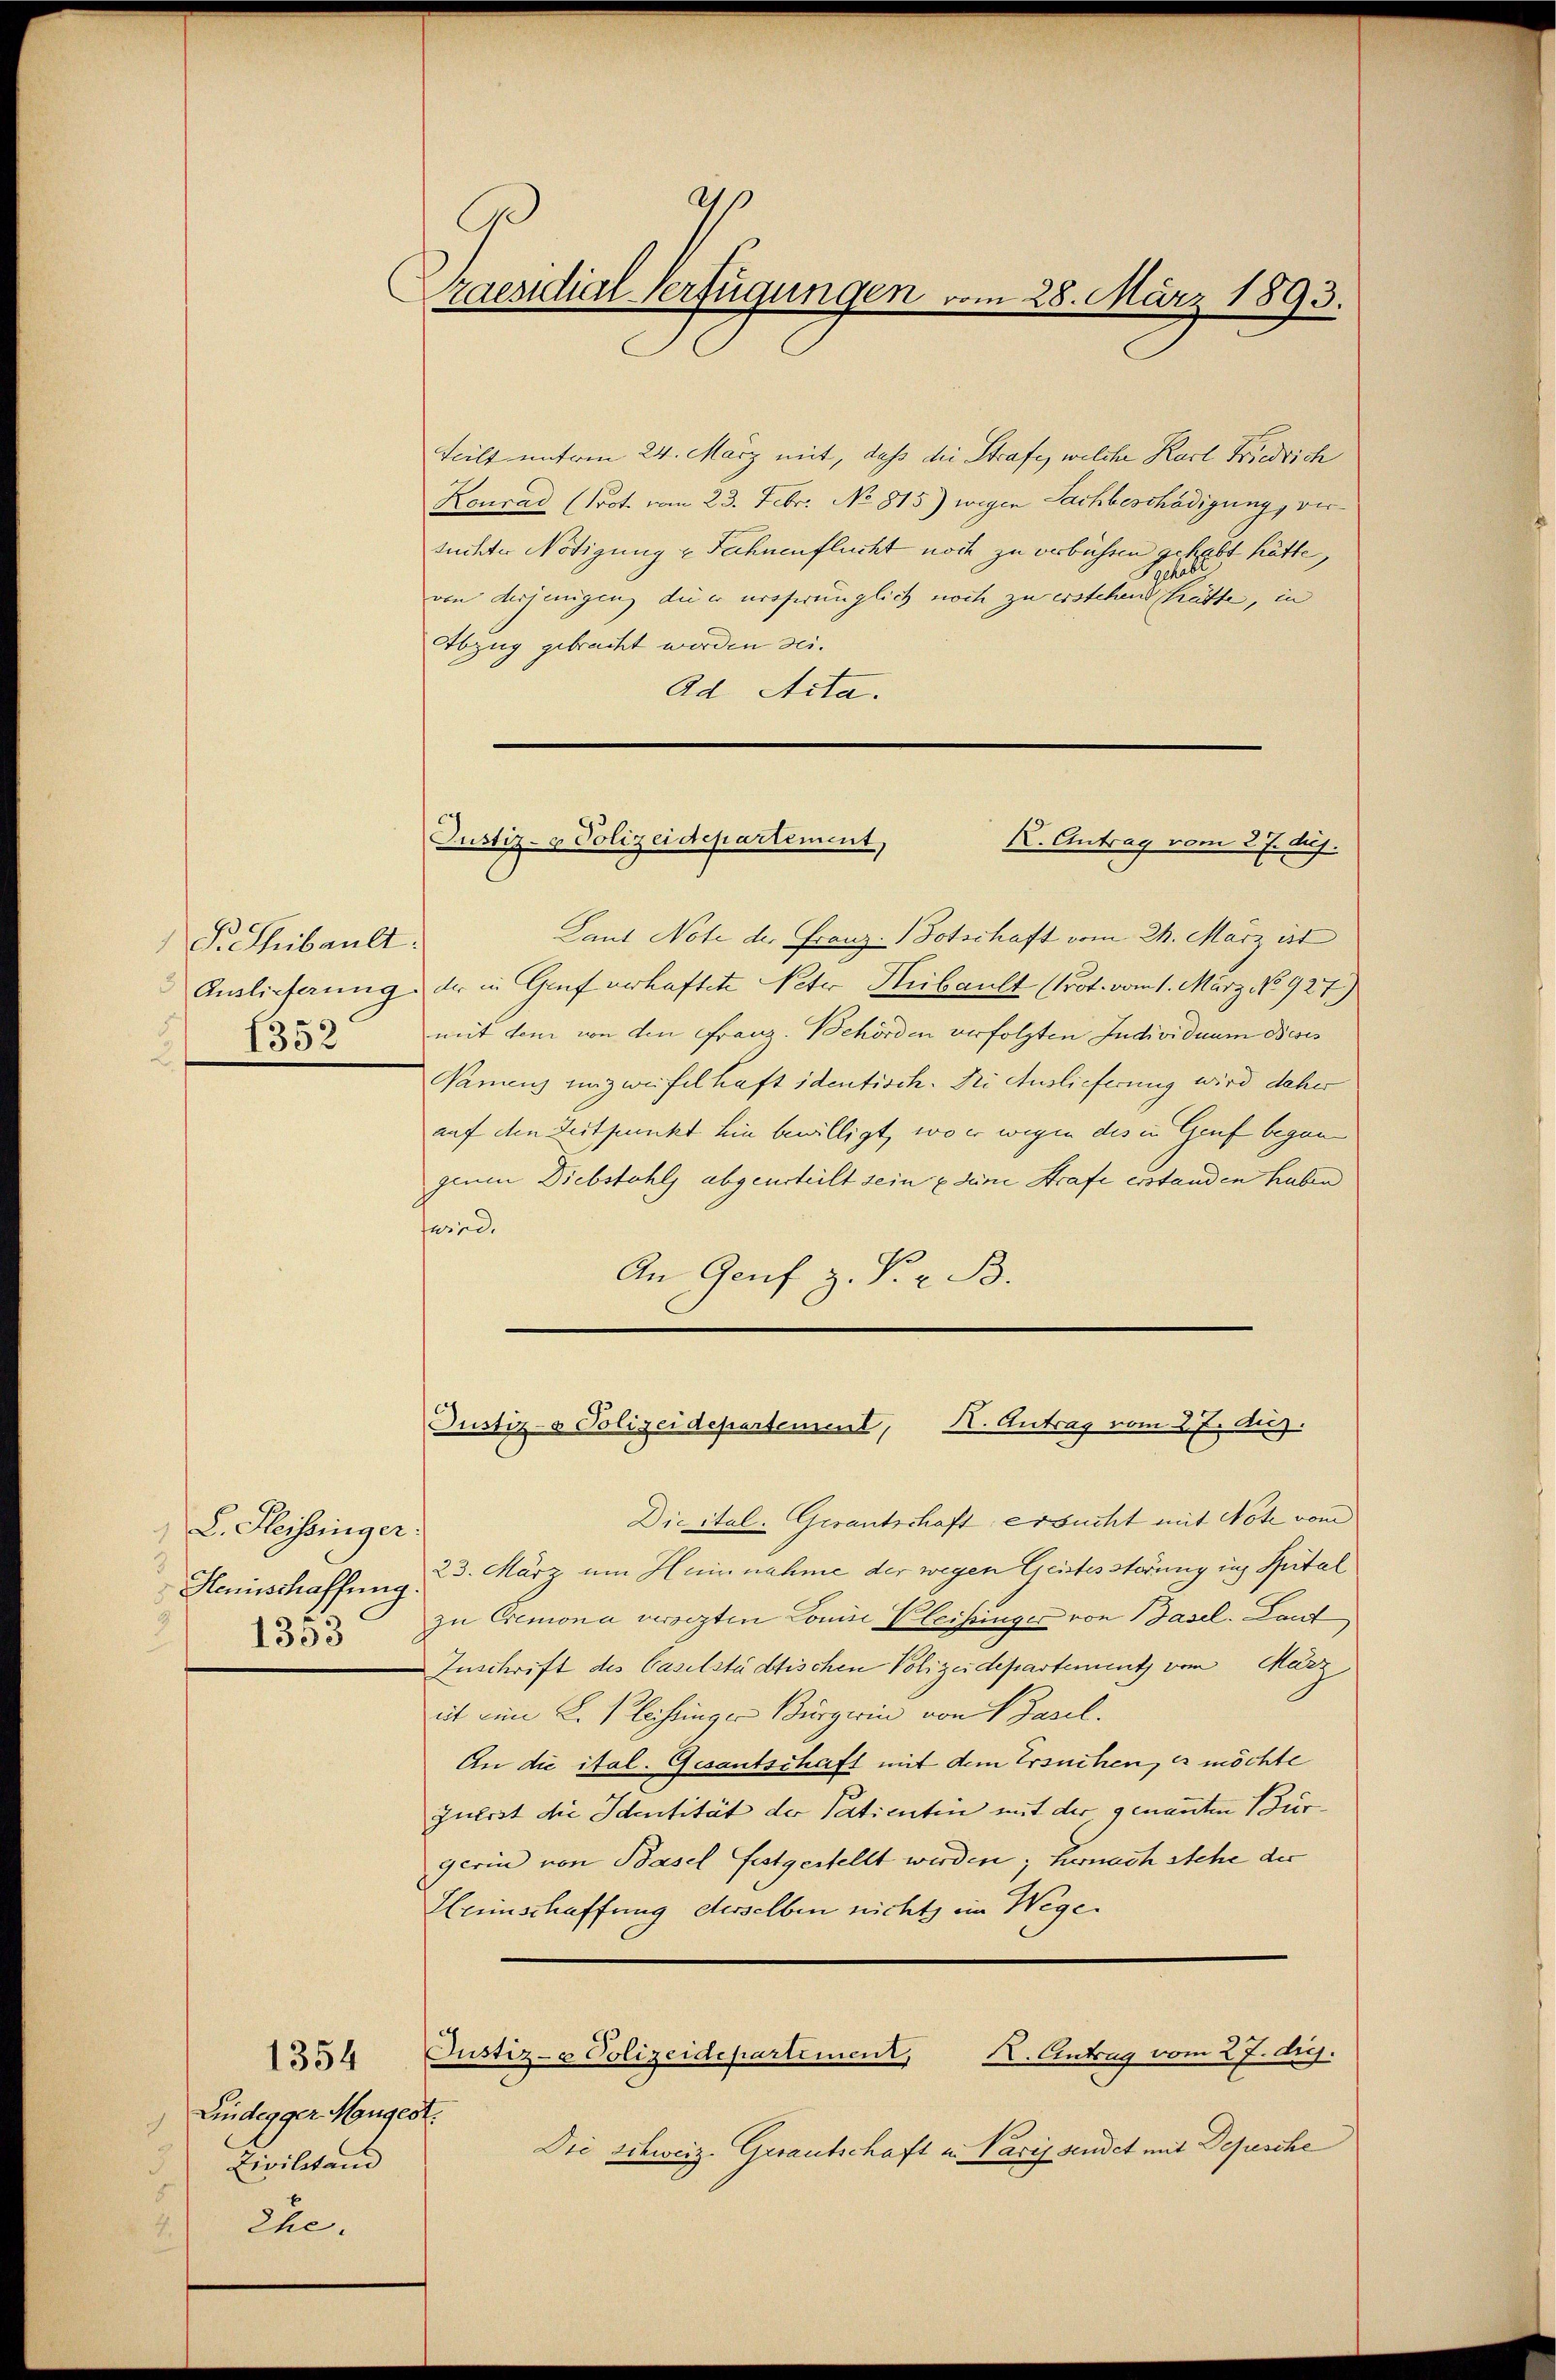
S. Thibault.
1352

L. Fleissinger.
Haunschaffung
1353

Lindegger Mangest.
 Zivilstand
Ehe.
.

1354

A
raesidial-Verfügungen vom 28. März 1893.

teilt unterm 24. März mit, daß die Strafe, welche Karl Friedrich
Konrad (Prot. vom 23. Febr. No 815) wegen Sachbeschädigung, versuchter Nötigung & Fahnenflucht noch zu verbüssen gehabt hätte,
von desjenigen die er ursprünglich noch zu erstehend hätte, in
Abzug gebracht werden sei.
Ad Acta.
Laut Note der Franz. (Fotschaft vom 24. März ist
Auslieferung der in Graf verhaftete Peter Heibault (Prot. vom 1. März No. 927)
mit dem von den Franz. Behörden verfolgten Individuum Dieses
Namens unzweifelhaft identisch. Die Auslieferung wird daher
auf den Zeitpunkt hin bewilligt, wo er wegen des in Genf begann
genen Diebstahls abgeurteilt sein & seine Strafe erstanden haben
fwird.
An Genf z. P. B.
Justiz- & Polizeidepartement, H. Antrag vom 27. Aus
Die ital. Gerantschaft ersucht mit Note vom
23. März um Heinnahme der wegen Geistesstörung ins Spital
zu Cremona versezten Conie Kleisunger von Basel. Landt
Zuschrift des Caselstädtischen Polizeidepartement vom März
it eine L. Plöchinger Bürgerin von Basel.
An die ital. Gesantschaft mit dem Ersuchen, es möchte
zuerst die Identität der Patientin mit der genannten Bürgerin von Basel festgestellt werden; hernach Stehe der
Heimschaffung derselben nicht im Wege.
Justiz- & Polizeidepartiment,
K. Antrag vom 27. drg.
Die schweiz. Gerautschaft u. Varif sendet mit Depesche

Justiz- & Polizeidepartement,
K. Antrag vom 2 t. huj.